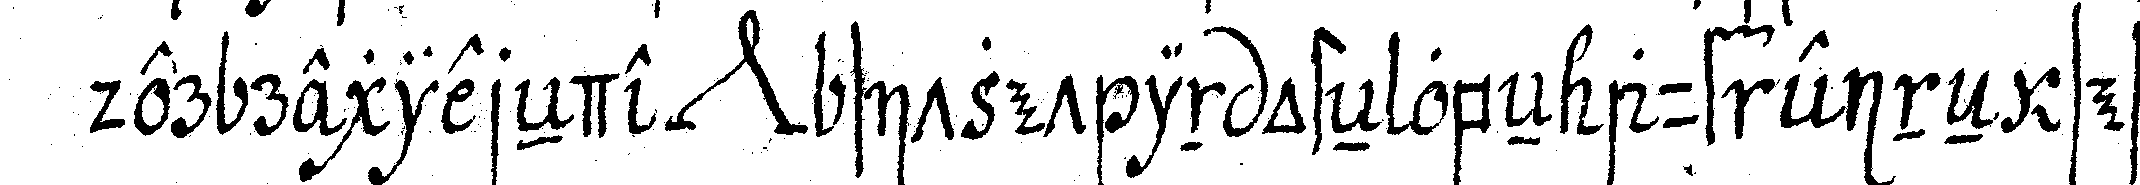
der regiereNde *nee* sitzet in osteN obeN auf eineN sessel